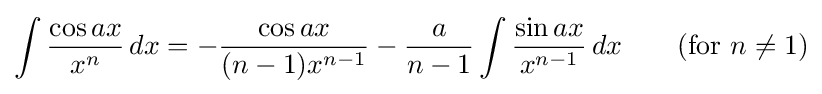
\int {\frac {\cos ax}{x^{n}}}\,dx=-{\frac {\cos ax}{(n-1)x^{n-1}}}-{\frac {a}{n-1}}\int {\frac {\sin ax}{x^{n-1}}}\,dx\qquad {\mbox{(for }}n\neq 1{\mbox{)}}